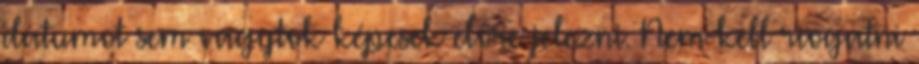
dátumot sem vagytok képesek előre jelezni. Nem kell riogatni